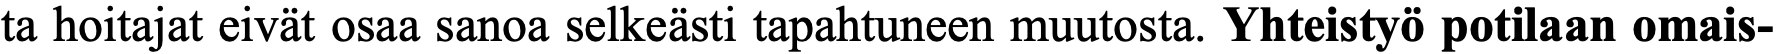
ta hoitajat eivät osaa sanoa selkeästi tapahtuneen muutosta. Yhteistyö potilaan omais-